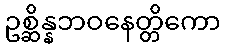
ဥစ္ဆိန္နဘဝနေတ္တိကော